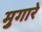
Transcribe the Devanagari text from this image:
मुगारे